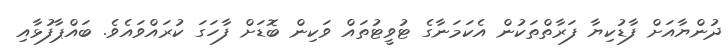
ދުންޔާއަށް ފާޑުކިޔާ ފަރާތްތަކުން އެކަމަނާގެ ޓުވީޓުތައް ވަކިން ބޮޑަށް ފާހަގަ ކުރައްވައެވެ. ބައްޕާފުޅާއި